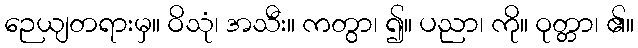
ဉေယျတရားမှ။ ဝိသုံ၊ အသီး။ ကတွာ၊ ၍။ ပညာ၊ ကို။ ဝုတ္တာ၊ ၏။